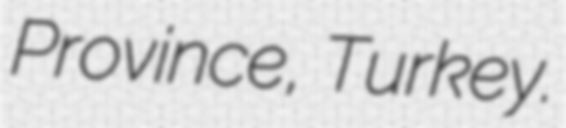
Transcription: Province, Turkey.